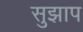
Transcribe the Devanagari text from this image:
सुझाप